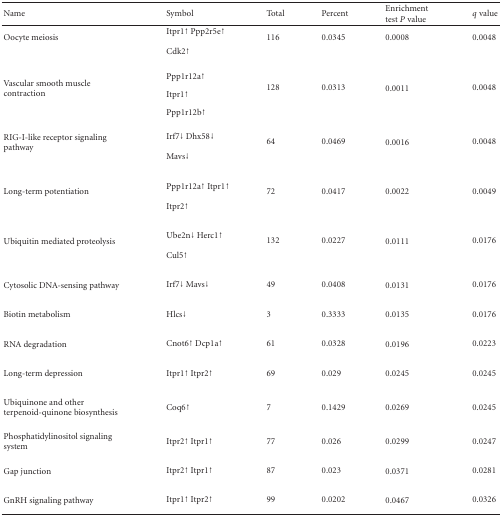
<table><thead><tr><td><b>Name</b></td><td><b>Symbol</b></td><td><b>Total</b></td><td><b>Percent</b></td><td><b>Enrichment test <i>P</i> value</b></td><td><b><i>q</i> value</b></td></tr></thead><tbody><tr><td rowspan="2">Oocyte meiosis</td><td>Itpr1↑ Ppp2r5e↑</td><td rowspan="2">116</td><td rowspan="2">0.0345</td><td rowspan="2">0.0008</td><td rowspan="2">0.0048</td></tr><tr><td>Cdk2↑</td></tr><tr><td rowspan="3">Vascular smooth muscle contraction </td><td>Ppp1r12a↑</td><td rowspan="3">128</td><td rowspan="3">0.0313</td><td rowspan="3">0.0011</td><td rowspan="3">0.0048</td></tr><tr><td> Itpr1↑</td></tr><tr><td>Ppp1r12b↑</td></tr><tr><td rowspan="2">RIG-I-like receptor signaling pathway </td><td>Irf7↓ Dhx58↓</td><td rowspan="2">64</td><td rowspan="2">0.0469</td><td rowspan="2">0.0016</td><td rowspan="2">0.0048</td></tr><tr><td>Mavs↓</td></tr><tr><td rowspan="2">Long-term potentiation</td><td>Ppp1r12a↑ Itpr1↑</td><td rowspan="2">72</td><td rowspan="2">0.0417</td><td rowspan="2">0.0022</td><td rowspan="2">0.0049</td></tr><tr><td>Itpr2↑</td></tr><tr><td rowspan="2">Ubiquitin mediated proteolysis </td><td>Ube2n↓ Herc1↑</td><td rowspan="2">132</td><td rowspan="2">0.0227</td><td rowspan="2">0.0111</td><td rowspan="2">0.0176</td></tr><tr><td>Cul5↑</td></tr><tr><td>Cytosolic DNA-sensing pathway </td><td>Irf7↓ Mavs↓</td><td>49</td><td>0.0408</td><td>0.0131</td><td>0.0176</td></tr><tr><td>Biotin metabolism </td><td>Hlcs↓</td><td>3</td><td>0.3333</td><td>0.0135</td><td>0.0176</td></tr><tr><td>RNA degradation</td><td>Cnot6↑ Dcp1a↑</td><td>61</td><td>0.0328</td><td>0.0196</td><td>0.0223</td></tr><tr><td>Long-term depression </td><td>Itpr1↑ Itpr2↑</td><td>69</td><td>0.029</td><td>0.0245</td><td>0.0245</td></tr><tr><td>Ubiquinone and other terpenoid-quinone biosynthesis</td><td>Coq6↑</td><td>7</td><td>0.1429</td><td>0.0269</td><td>0.0245</td></tr><tr><td>Phosphatidylinositol signaling system </td><td>Itpr2↑ Itpr1↑</td><td>77</td><td>0.026</td><td>0.0299</td><td>0.0247</td></tr><tr><td>Gap junction </td><td>Itpr2↑ Itpr1↑</td><td>87</td><td>0.023</td><td>0.0371</td><td>0.0281</td></tr><tr><td>GnRH signaling pathway </td><td>Itpr1↑ Itpr2↑</td><td>99</td><td>0.0202</td><td>0.0467</td><td>0.0326</td></tr></tbody></table>